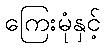
ကြေးမုံနှင့်